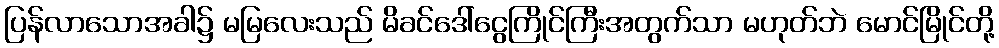
ပြန်လာသောအခါ၌ မမြလေးသည် မိခင်ဒေါ်ငွေကြိုင်ကြီးအတွက်သာ မဟုတ်ဘဲ မောင်မြိုင်တို့